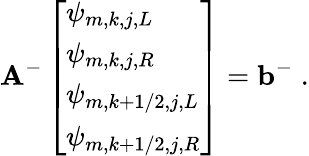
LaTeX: \mathbf{A}^{-}\left[\begin{array}{l}{\psi_{m,k,j,L}}\\ {\psi_{m,k,j,R}}\\ {\psi_{m,k+1/2,j,L}}\\ {\psi_{m,k+1/2,j,R}}\end{array}\right]=\mathbf{b}^{-}\; .